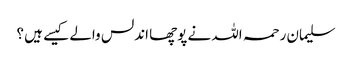
سلیمان رحمہ اللہ نے پوچھا اندلس والے کیسے ہیں ؟